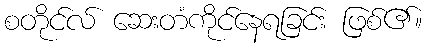
စတိုင်လ် ဆေးတံကိုင်နေရခြင်း ဖြစ်၏။